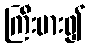
ကြီးမား၍